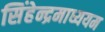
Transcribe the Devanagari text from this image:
सिंहेन्द्रमाध्ययम